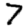
Digit: 7